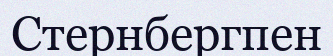
Стернбергпен